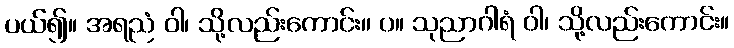
ပယ်၍။ အရညံ ဝါ၊ သို့လည်းကောင်း။ ပ။ သုညာဂါရံ ဝါ၊ သို့လည်းကောင်း။